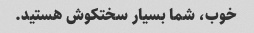
خوب، شما بسیار سختکوش هستید.